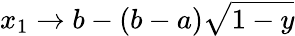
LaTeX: x_{1}\to b-(b-a)\sqrt{1-y}